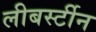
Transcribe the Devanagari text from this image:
लीबर्स्टीन